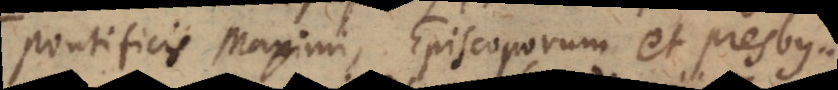
Pontificis Maximi, Episcoporum et Presbyterorum